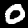
Digit: 0